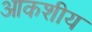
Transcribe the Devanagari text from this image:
आकशीय